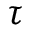
\tau